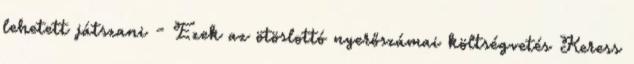
lehetett játszani - Ezek az ötöslottó nyerőszámai költségvetés Keress